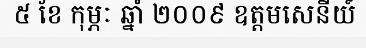
៥ ខែ កុម្ភៈ ឆ្នាំ ២០០៩ ឧត្តមសេនីយ៍